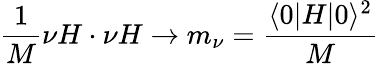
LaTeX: {\frac{1}{M}}\nu H\cdot\nu H\rightarrow m_{\nu}={\frac{\langle 0|H|0\rangle^{2}}{M}}